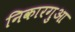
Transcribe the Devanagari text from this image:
निकारगुआ